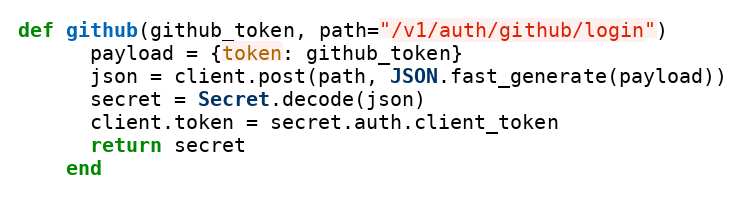
Language: Ruby
def github(github_token, path="/v1/auth/github/login")
      payload = {token: github_token}
      json = client.post(path, JSON.fast_generate(payload))
      secret = Secret.decode(json)
      client.token = secret.auth.client_token
      return secret
    end